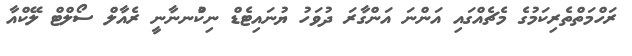
ރަހްމަތްތެރިކަމުގެ މެޗެއްގައި އަންނަ އަންގާރަ ދުވަހު ޔުނައިޓެޑް ނިކުްނނާނީ ރެއާލް ސޯލްޓް ލޭކްއާ